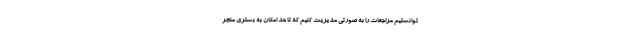
توانستیم مراجعات را به صورتی مدیریت کنیم که تا حد امکان به بستری منجر